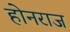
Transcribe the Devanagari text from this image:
होनराज